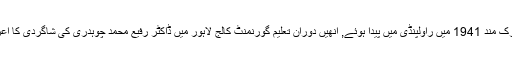
ڈاکٹر ثمر مبارک مند 1941 میں راولپنڈی میں پیدا ہوئے, انھیں دوران تعلیم گورنمنٹ کالج لاہور میں ڈاکٹر رفیع محمد چوہدری کی شاگردی کا اعزاز حاصل ہوا۔